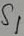
Text: S1